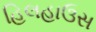
હિલહાઉસ